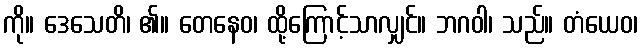
ကို။ ဒေသေတိ၊ ၏။ တေနေဝ၊ ထို့ကြောင့်သာလျှင်။ ဘဂဝါ၊ သည်။ တံယေဝ၊